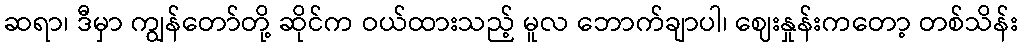
ဆရာ၊ ဒီမှာ ကျွန်တော်တို့ ဆိုင်က ဝယ်ထားသည့် မူလ ဘောက်ချာပါ၊ ဈေးနှုန်းကတော့ တစ်သိန်း